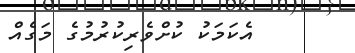
އެކަމަކު ކުށްވެރިކުރުމުގެ މަގެއް